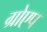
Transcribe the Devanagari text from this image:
ग्रोएप